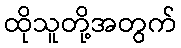
ထိုသူတို့အတွက်